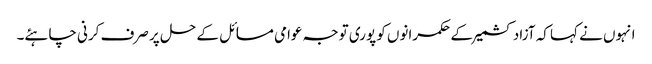
انہوں نے کہا کہ آزاد کشمیر کے حکمرانوں کو پوری توجہ عوامی مسائل کے حل پر صرف کرنی چاہئے۔